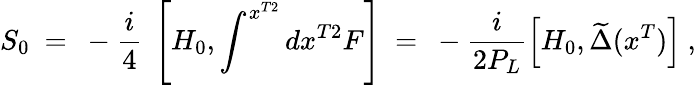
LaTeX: S_{0}\ =\ -\frac{i}{4}\ \left[H_{0},\int^{x^{T2}}dx^{T2}F\right]\ =\ -\frac{i}{2P_{L}}\left[H_{0},\widetilde\Delta(x^{T})\right]\ ,